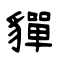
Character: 貚